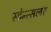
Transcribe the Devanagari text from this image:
स्टेन्त्सलर